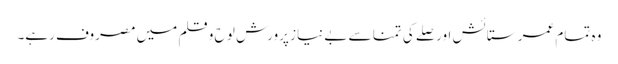
وہ تمام عمر ستائش اور صلے کی تمنا سے بے نیاز پرورش لو ح و قلم میں مصروف رہے۔